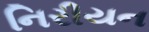
નિરીયન